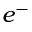
e ^ { - }